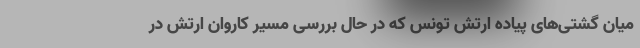
میان گشتی‌های پیاده ارتش تونس که در حال بررسی مسیر کاروان ارتش در